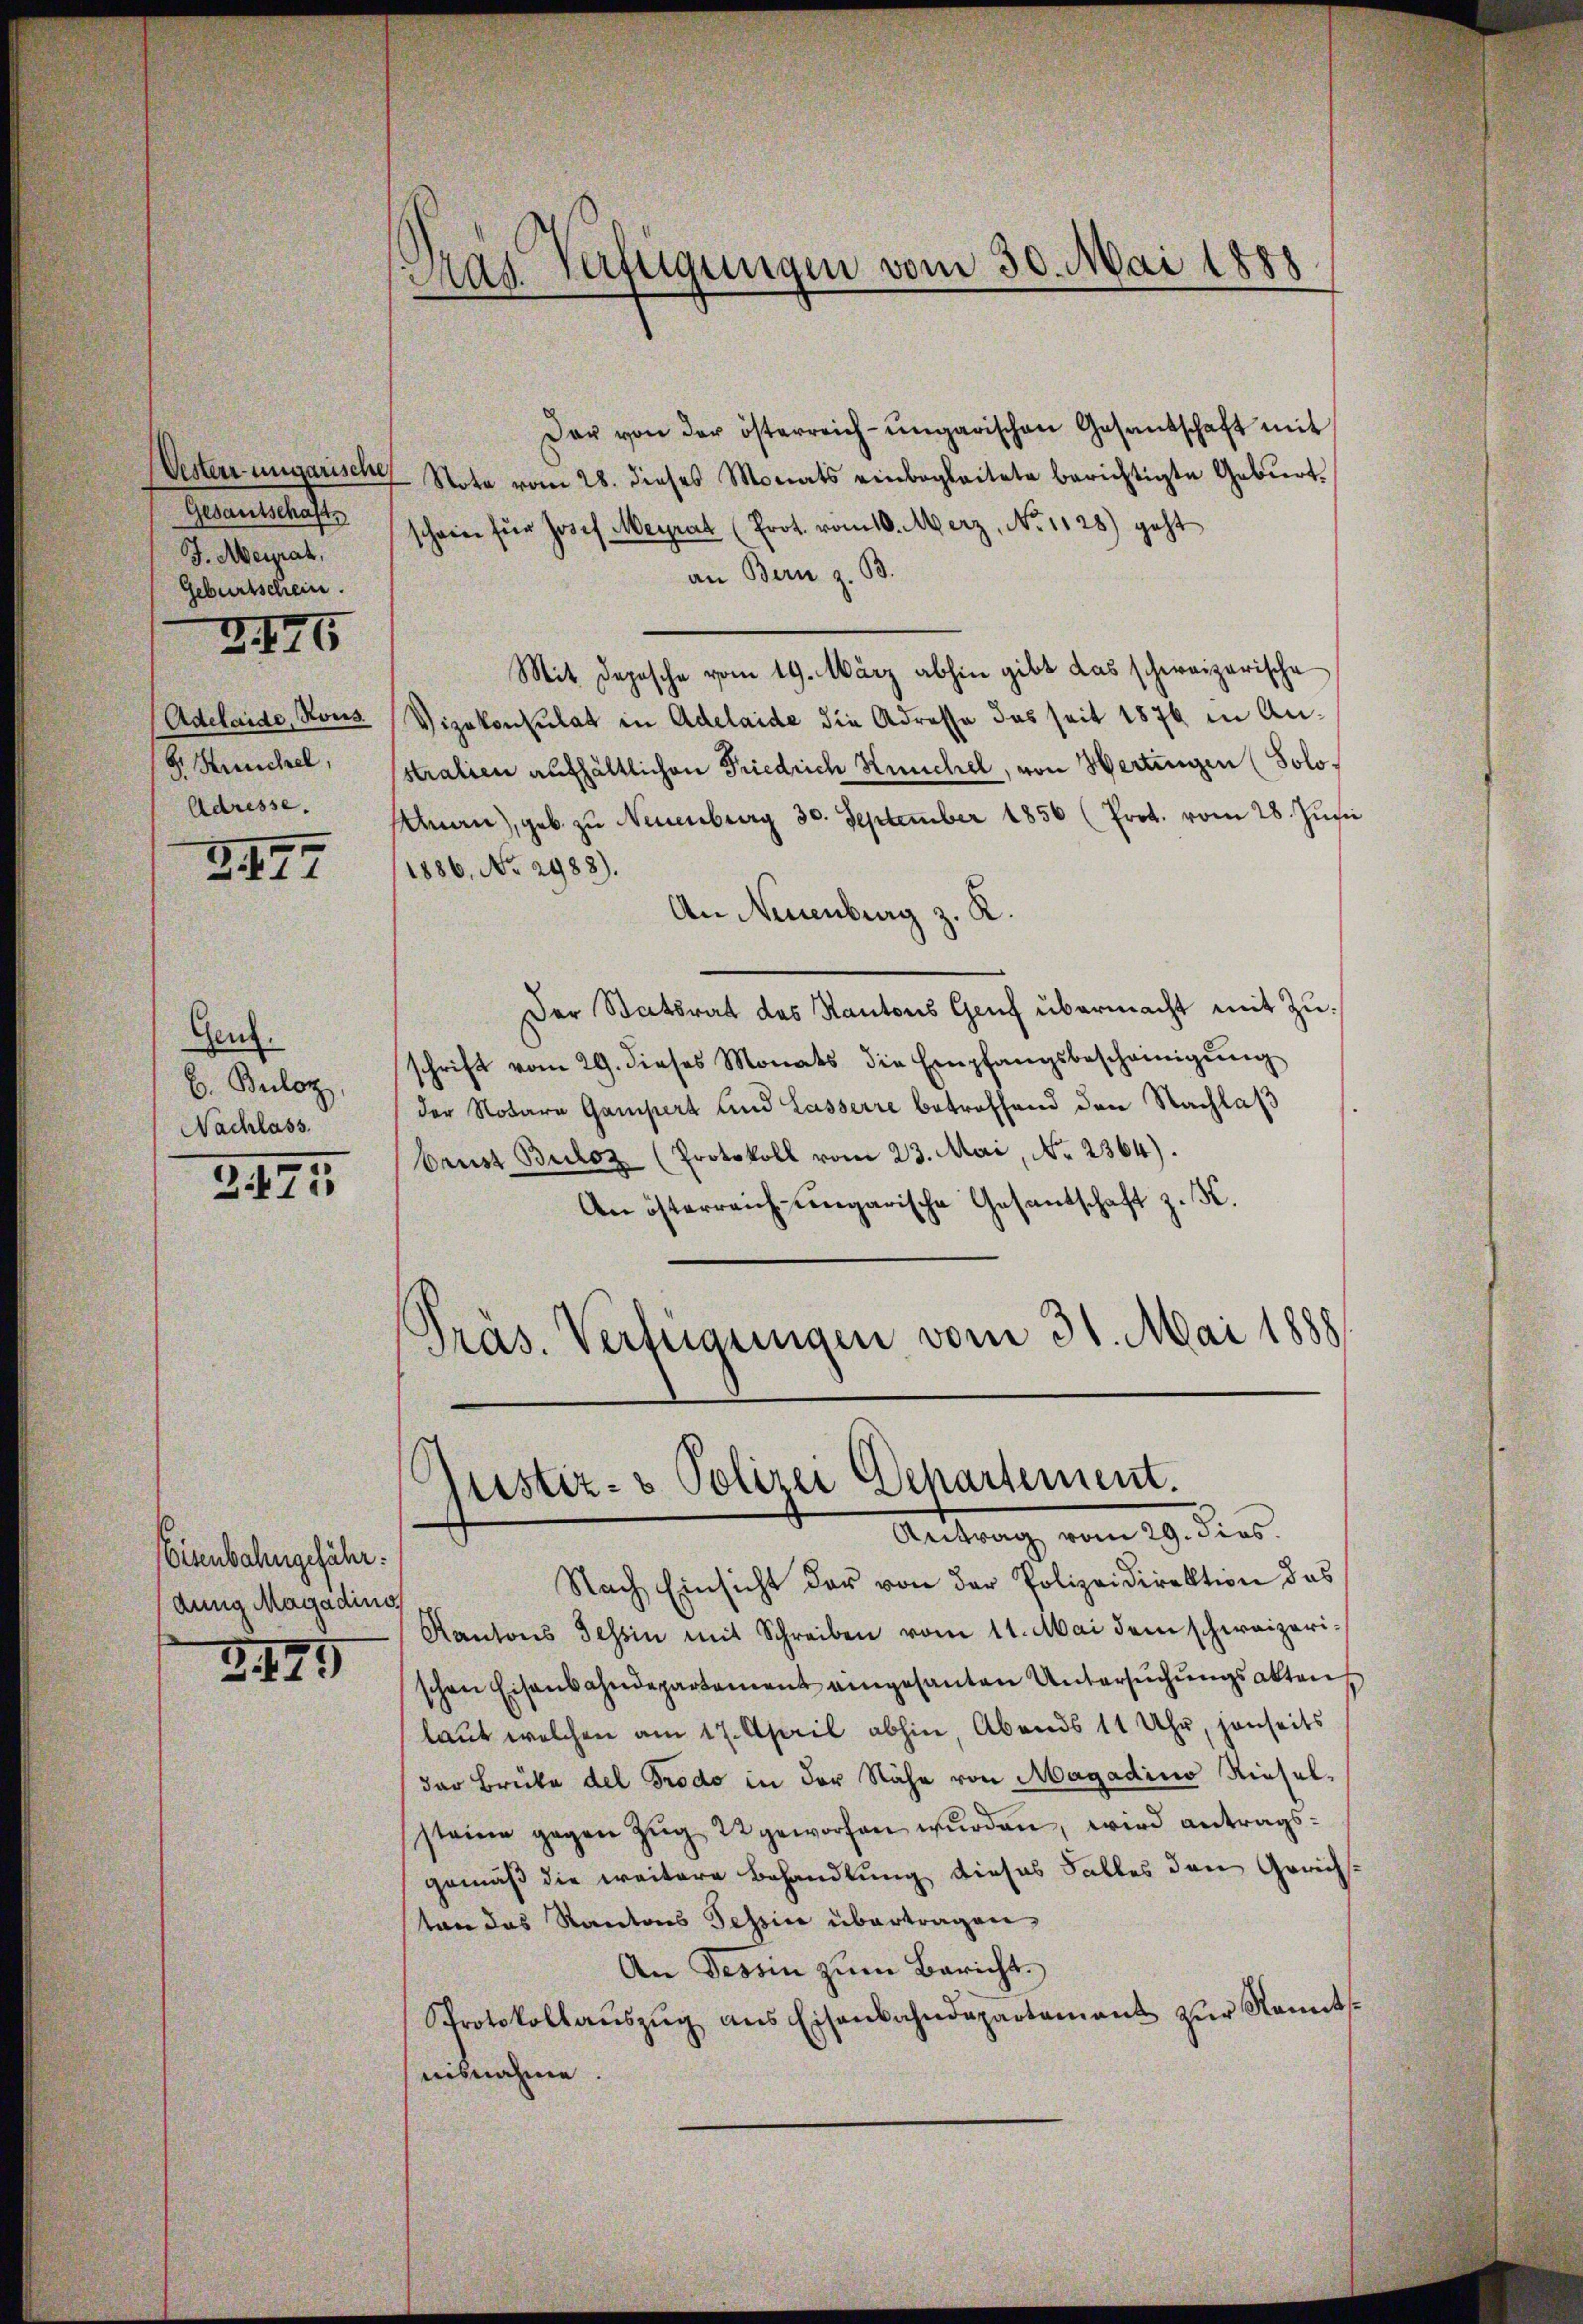
Oestern-ungarische
Gesantschaft
J. Meirat,
Geburtschein.
Adelaide, Rous
8. Kuchel,
Adresse.
3. 177

2176

Genz.
b. Buloz,
Nachlass.
2471

Eisenbahngefähr:
dung Magadino

3.195

Tras Verfügungen vom 30. Mai 1888

Der von der österreich-ungarischen Gesandschaft mit
-Note vom 28. dieses Monats einbegleitete berichtigte Gebŭrt.
scheine für Josef Meyrat (Prot. vom 10. Merz, No. 1128) geht
an Bern z. B.
Mit Depesche vom 19. März abhin gibt das schweizerische
Vizekonsulat in Adelaide die Adresse das seit 1876 in Anstralien aufhältlichen Friedrich Keuchel, von Hertingen (Solo¬
Unau), geb. zu Neuenburg 30. September 1856 (Prot. vom 28. Junii
1886, No 2988).
An Neuenburg z. K.
Der Statsrat das Kantons Genf übermacht mit Zuschrift vom 29. dieses Monats die Empfangsbeschämigŭng
der Notare Gampert und Lasserre betreffend den Nachlaß
brust Buloz (Protokoll vom 23. Mai, No. 2364).
An österreich ungarische Gesantschaft z. K.
Pras. Verfügungen vom 31. Mai 1888

Gustiz- & Polizei Departement.
Antrag vom 29. dies.

Nach Einsicht der von der Polizeidirektion das
Kantons Tessin mit Schreiben vom 11. Mai dem schweizerischen Eisenbahndepartement eingesanten Untersuchungsakten
laut welchen am 17. April abhin, Abends 11 Uhr, jenseits
dar Brüke del Frodo in der Nähe von Magadino Rieselsteine gegen Zug 22 geworfen wurden, wird antragsgemäß die weitere Behandlung dieses Falles den Gerichten das Kantons Tessin übertragen,
An Tessin zum Bericht.
Protokollaŭszŭg ans Eisenbahndepartamant zŭr Kennts-
nisnahme.